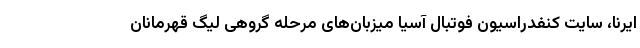
ایرنا، سایت کنفدراسیون فوتبال آسیا میزبان‌های مرحله گروهی لیگ قهرمانان